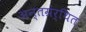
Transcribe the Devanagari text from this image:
अन्‍तग्रंर्थित